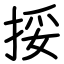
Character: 挼